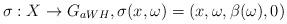
LaTeX: \begin{align*}\sigma:X \to G_{aWH}, \sigma(x,\omega) = (x,\omega, \beta(\omega), 0)\end{align*}